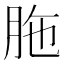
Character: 胣